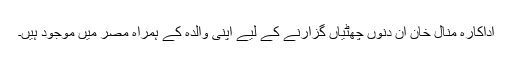
اداکارہ منال خان ان دنوں چھٹیاں گزارنے کے لیے اپنی والدہ کے ہمراہ مصر میں موجود ہیں۔